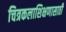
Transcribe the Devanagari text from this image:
चित्रकलाशिक्षणासाठी